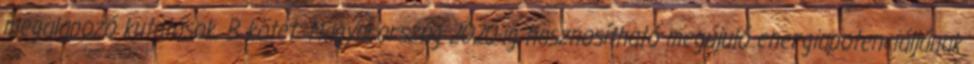
megalapozó kutatások, B kötet: Magyarország 2020-ig hasznosítható megújuló energiapotenciáljának